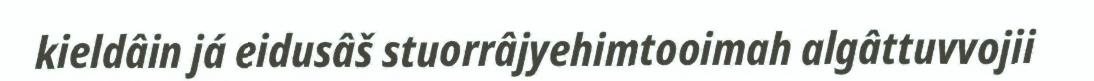
kieldâin já eidusâš stuorrâjyehimtooimah algâttuvvojii